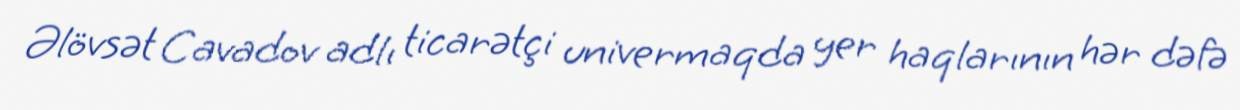
Əlövsət Cavadov adlı ticarətçi univermaqda yer haqlarının hər dəfə